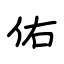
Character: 佑